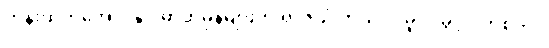
ဟိန်းထက်အောင်နှင့် ဓာတ်မှန်များကို ရာဇသံ ကိုယ်ပိုင်မူပိုင်ခွင့် ဝတ်စုံကုဒ်